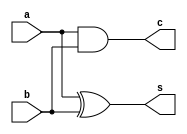
`timescale 1ns / 1ps
//////////////////////////////////////////////////////////////////////////////////
// assignment no.: 1
// problem no.: 1(a)
// semester : 5th semester
// group no.: 64
// names of group members: 1. Jatoth Charan Sai
//									2. Tirupathi Suguna Bhaskar
//////////////////////////////////////////////////////////////////////////////////
module HalfAdder(
    input a,
    input b,
    output s,
    output c
    );
	 // truth table 
	 // a b : c s
	 // 0 0   0 0
	 // 0 1   0 1
	 // 1 0   0 1
	 // 1 1   1 0
	 xor(s,a,b);
	 and(c,a,b);
endmodule